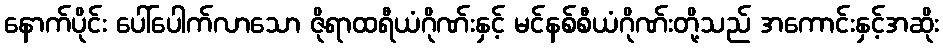
နောက်ပိုင်း ပေါ်ပေါက်လာသော ဇိုရာထရီယံဂိုဏ်းနှင့် မင်နစ်စီယံဂိုဏ်းတို့သည် အကောင်းနှင့်အဆိုး